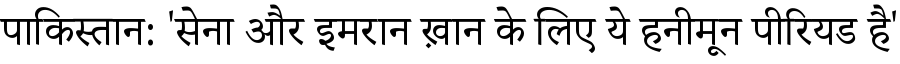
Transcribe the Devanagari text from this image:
पाकिस्तान: 'सेना और इमरान ख़ान के लिए ये हनीमून पीरियड है'